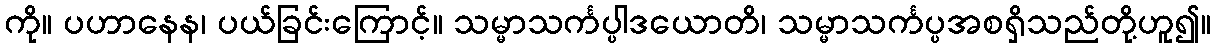
ကို။ ပဟာနေန၊ ပယ်ခြင်းကြောင့်။ သမ္မာသင်္ကပ္ပါဒယောတိ၊ သမ္မာသင်္ကပ္ပအစရှိသည်တို့ဟူ၍။